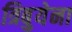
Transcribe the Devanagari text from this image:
त्रिबुयेना